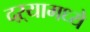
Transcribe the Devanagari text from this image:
दऱ्यामध्ये